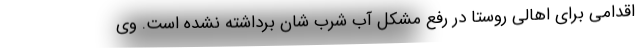
اقدامی برای اهالی روستا در رفع مشکل آب شرب شان برداشته نشده است. وی